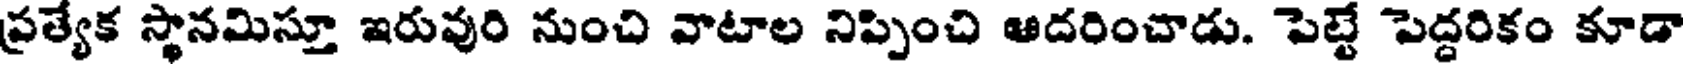
ప్రత్యేక స్థానమిస్తూ ఇరువురి నుంచి వాటాల నిప్పించి ఆదరించాడు. పెట్టే పెద్దరికం కూడా